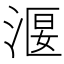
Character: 𣹐